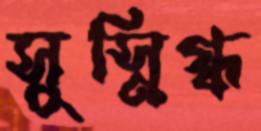
সুস্নিগ্ধ